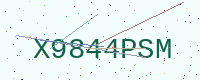
Text: X9844PSM